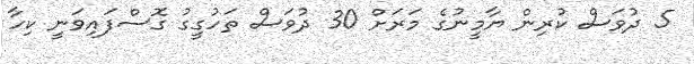
5 ދުވަަސް ކުރިން ޔާމީނުގެ މަރަށް 30 ދުވަސް ތަހުގީގު ގޮސްފައިވަނީ ކިހާ